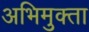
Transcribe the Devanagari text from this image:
अभिमुक्‍ता